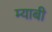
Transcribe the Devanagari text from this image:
म्याबी